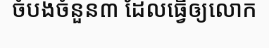
ចំបងចំនួន៣ ដែលធ្វើឲ្យលោក